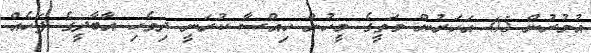
އުމުރުން 65 އަހަރުން މަތީގެ މީހުން ހިއްސާ ކުރަނީ ދިވެހި އާބާދީގެ ފަހެއް